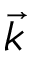
\vec { k }